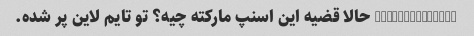
@itsmeee77eeee حالا قضیه این اسنپ مارکته چیه؟ تو تایم لاین پر شده.